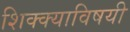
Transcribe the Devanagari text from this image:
शिक्क्याविषयी